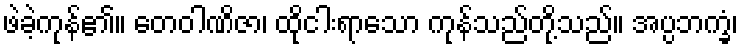
ဖဲခဲ့ကုန်၏။ တေဝါဏိဇာ၊ ထိုငါးရာသော ကုန်သည်တို့သည်။ အပ္ပဘက္ခံ၊